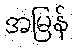
အမြန်